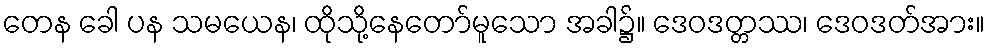
တေန ခေါ ပန သမယေန၊ ထိုသို့နေတော်မူသော အခါ၌။ ဒေဝဒတ္တဿ၊ ဒေဝဒတ်အား။